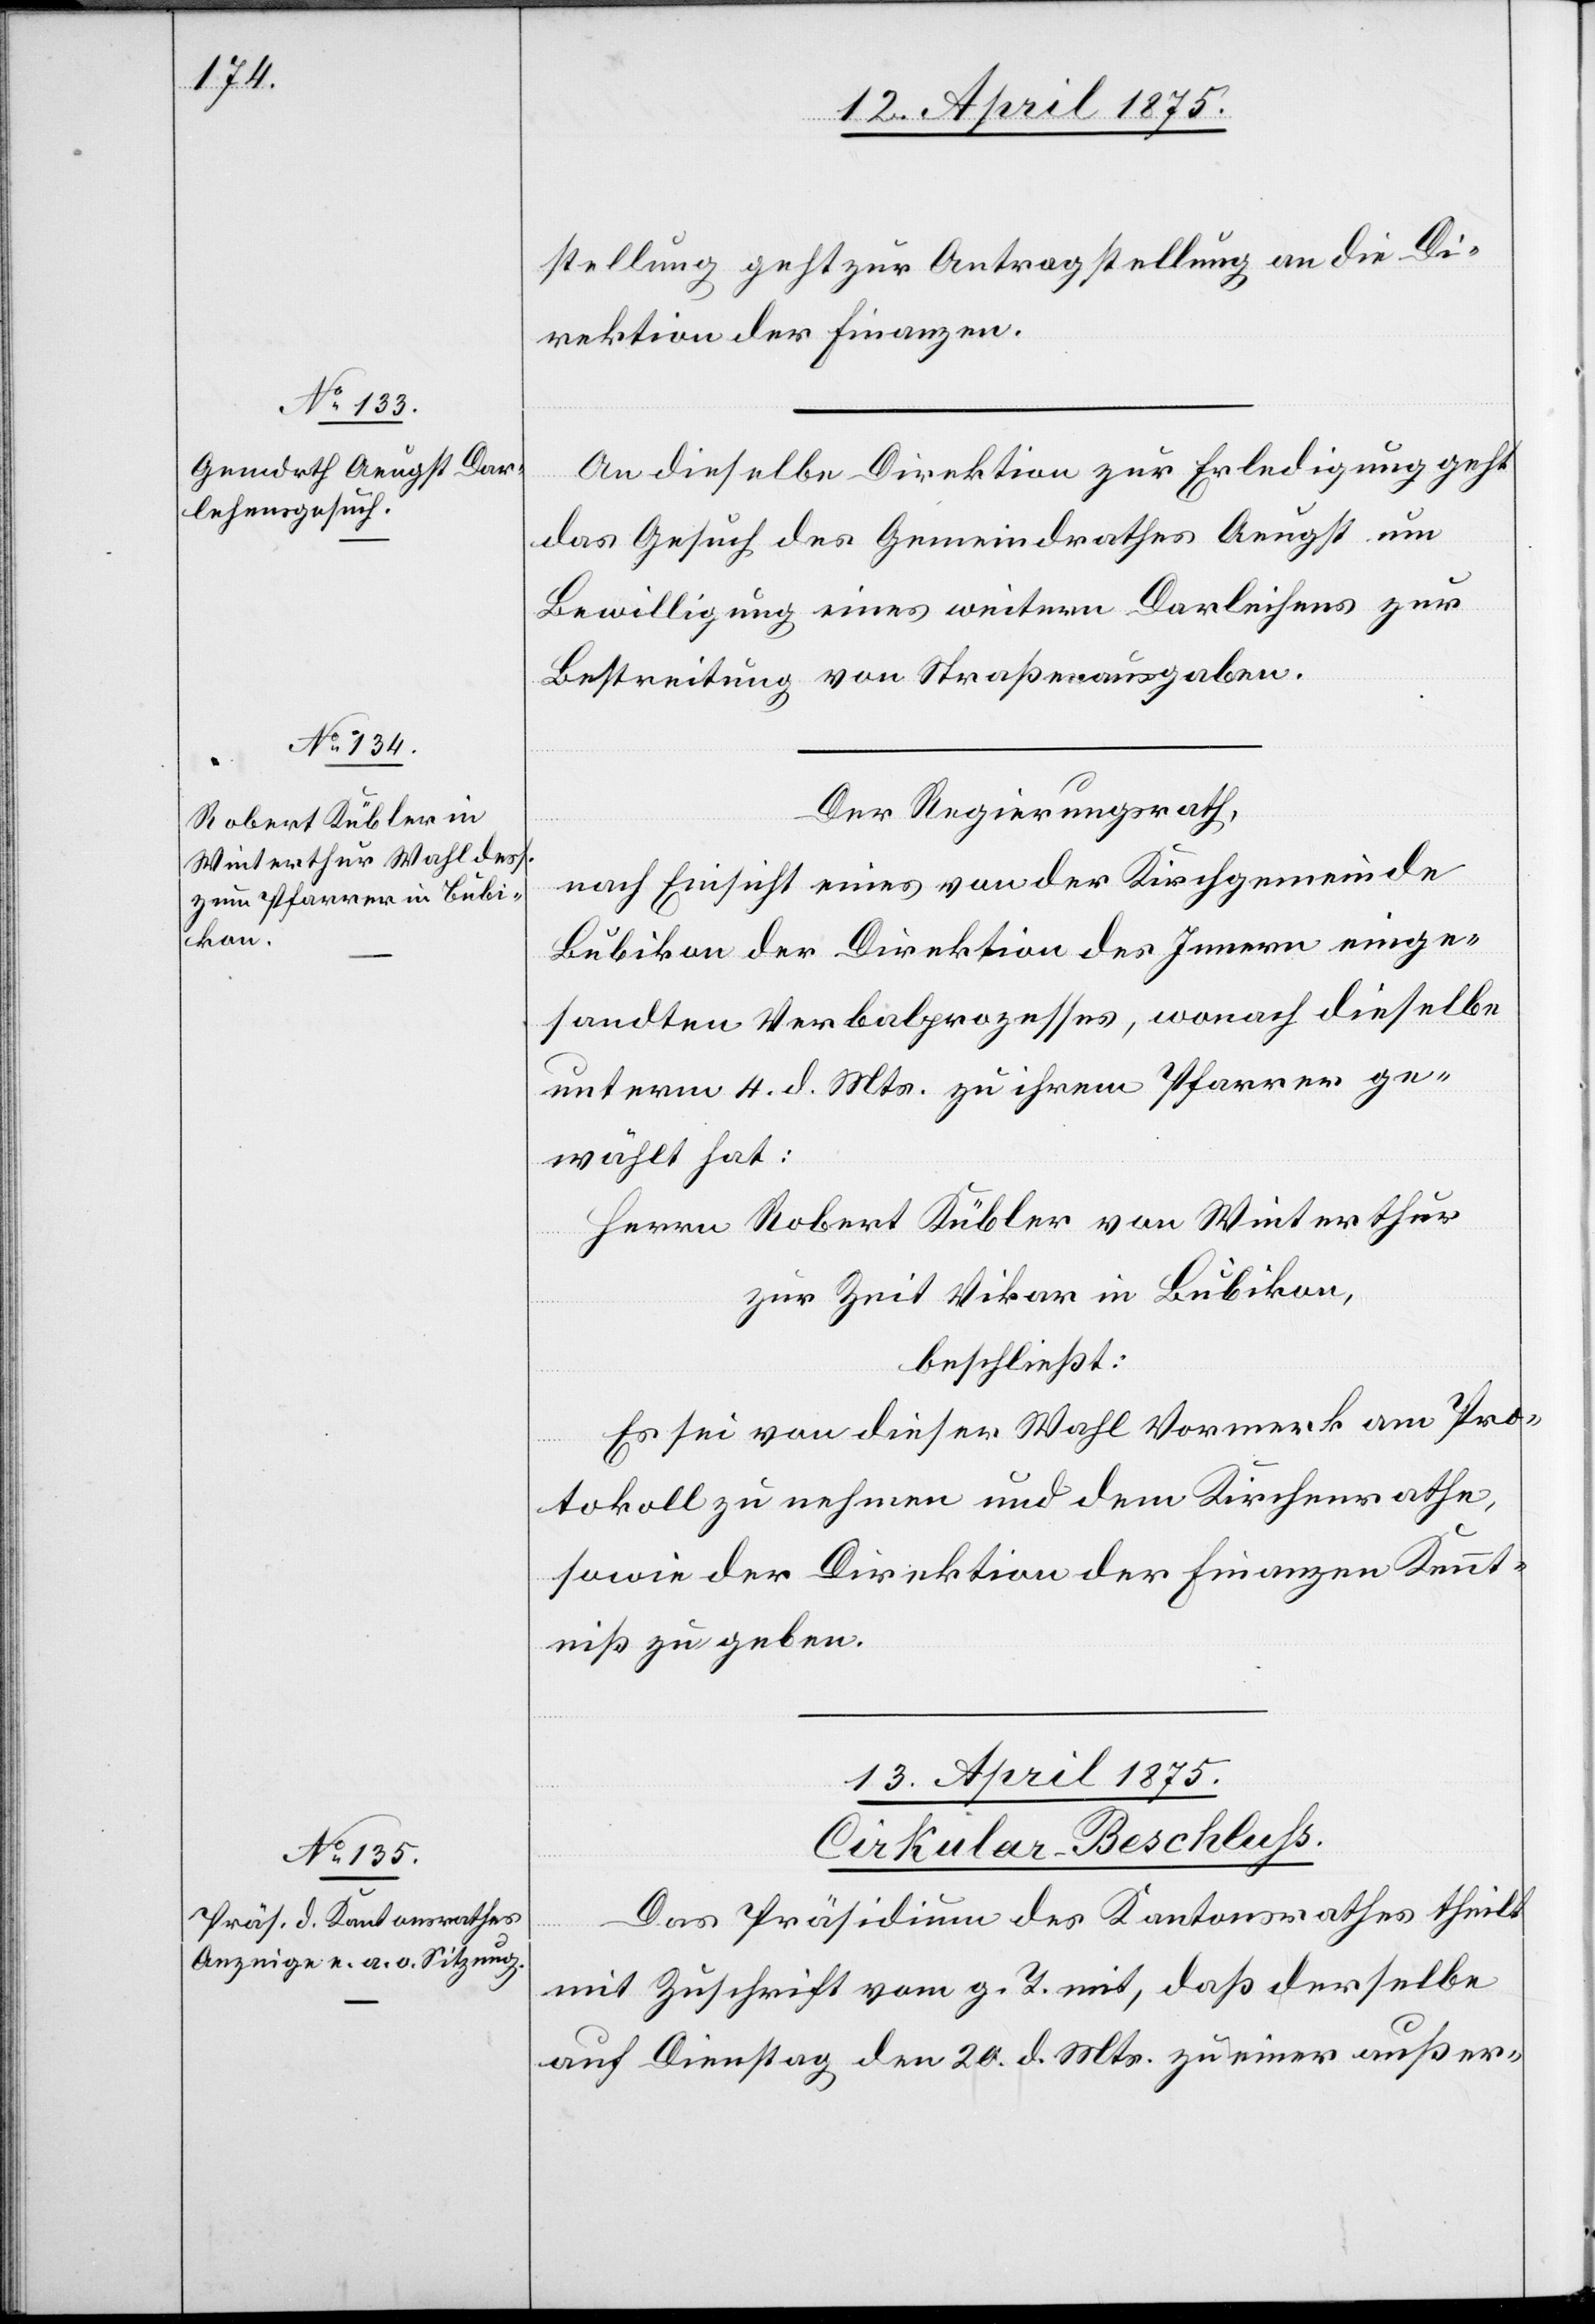
12. April 1875.]
stellung geht zur Antragstellung an die Di¬
rektion der Finanzen.
An dieselbe Direktion zur Erledigung geht
das Gesuch des Gemeindrathes Aeugst um
Bewilligung eines weitern Darlehens zur
Bestreitung von Straßenausgaben.
Der Regierungsrath,
nach Einsicht eines von der Kirchgemeinde
Bubikon der Direktion des Innern einge¬
sandten Verbalprozesses, wonach dieselbe
unterm 4. d. Mts. zu ihrem Pfarrer ge¬
wählt hat:
Herrn Robert Kübler von Winterthur
zur Zeit Vikar in Bubikon,
beschließt:
Es sei von dieser Wahl Vormerk am Pro¬
tokoll zu nehmen und dem Kirchenrathe,
sowie der Direktion der Finanzen Kennt¬
niß zu geben.
13. April 1875.
Cirkular-Beschluss
Das Präsidium des Kantonsrathes theilt
mit Zuschrift vom g. T. mit, daß derselbe
auf Dienstag den 20. d. Mts. zu einer außer-